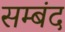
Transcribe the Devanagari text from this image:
सम्बंद